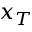
x _ { T }